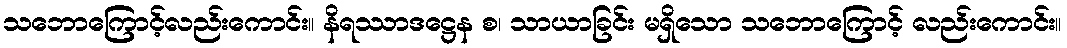
သဘောကြောင့်လည်းကောင်း။ နိရဿာဒဋ္ဌေန စ၊ သာယာခြင်း မရှိသော သဘောကြောင့် လည်းကောင်း။